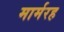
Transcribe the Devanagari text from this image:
मार्मरह